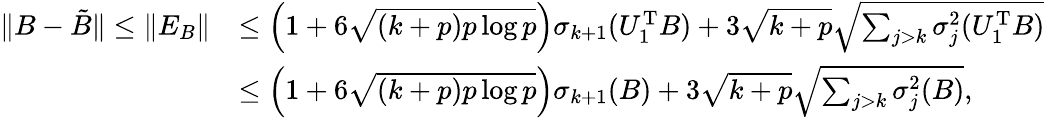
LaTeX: \begin{array}{rl}{\| B-\tilde{B}\| \le\| E_{B}\| }&{\le\left(1+6\sqrt{(k+p)p\log p}\right)\sigma_{k+1}(U_{1}^{\mathrm{T}}B)+3\sqrt{k+p}\sqrt{\sum_{j>k}\sigma_{j}^{2}(U_{1}^{\mathrm{T}}B)}}\\ &{\le\left(1+6\sqrt{(k+p)p\log p}\right)\sigma_{k+1}(B)+3\sqrt{k+p}\sqrt{\sum_{j>k}\sigma_{j}^{2}(B)},}\end{array}